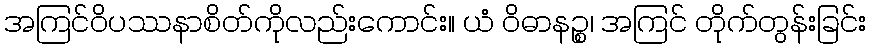
အကြင်ဝိပဿနာစိတ်ကိုလည်းကောင်း။ ယံ ဝိဓာနဉ္စ၊ အကြင် တိုက်တွန်းခြင်း